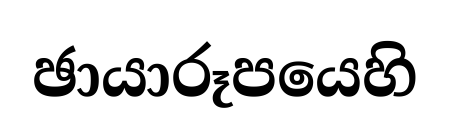
ඡායාරූපයෙහි